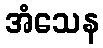
အံသေန